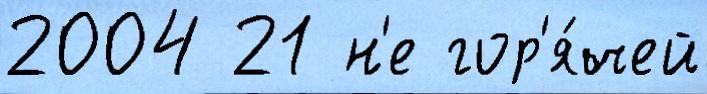
2004 21 н'е гор'я́чей